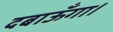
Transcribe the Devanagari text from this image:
दबाऊँगा।